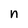
Character: n